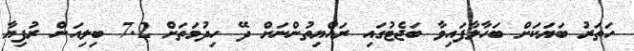
ހަތަރު ބަޔަކަށް ބަހާލާފައިވާ ބަޖެޓުގައި ރައްޔިތުންނަށް ދޭ ހިދުމަތަށް 7.2 ބިލިއަން ރުފިޔާ